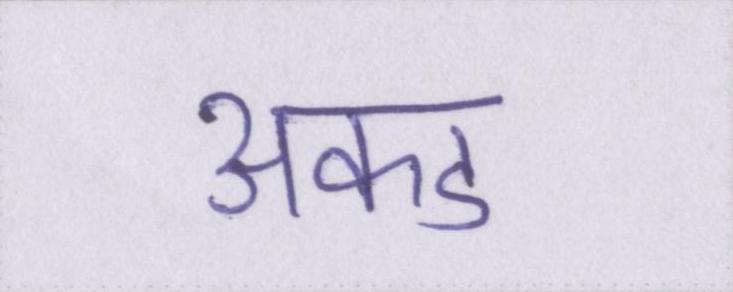
अकड